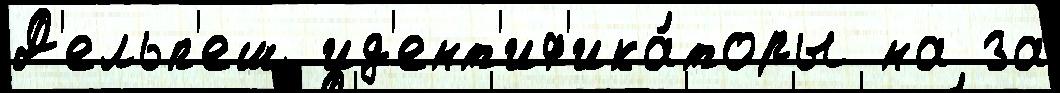
Д'ельп'еш ид'ент'иф'ика́торы на за